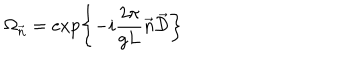
\Omega _ { \vec { n } } = \exp \left\{ - i \frac { 2 \pi } { g L } \vec { n } \vec { \cal D } \right\}